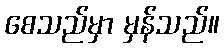
စေသည်မှာ မှန်သည်။